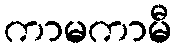
ကာမကာမီ